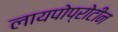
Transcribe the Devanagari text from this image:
लायपोप्रोटीन